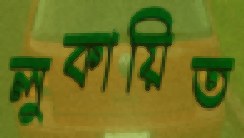
লুকায়িত